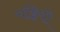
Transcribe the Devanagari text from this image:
चड्डियों